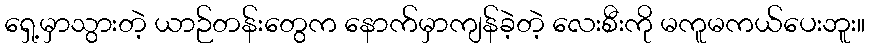
ရှေ့မှာသွားတဲ့ ယာဉ်တန်းတွေက နောက်မှာကျန်ခဲ့တဲ့ လေးစီးကို မကူမကယ်ပေးဘူး။